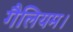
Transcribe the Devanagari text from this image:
गैलियम।